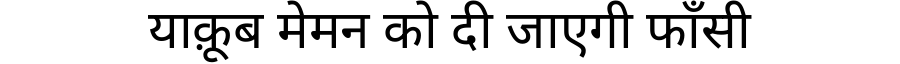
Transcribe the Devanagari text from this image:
याक़ूब मेमन को दी जाएगी फाँसी